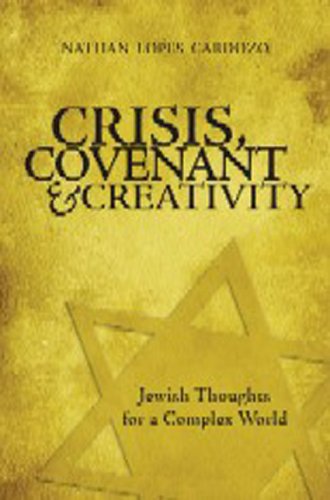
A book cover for Crisis, Covenant and Creativity: Jewish Thoughts for a Complex World; Nathan Lopes Cardozo; Religion & Spirituality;